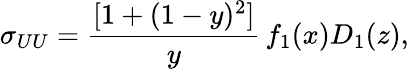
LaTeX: \sigma_{UU}=\frac{[1+(1-y)^{2}]}{y}\, f_{1}(x)D_{1}(z),